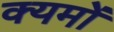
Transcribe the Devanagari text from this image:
क्यमों